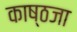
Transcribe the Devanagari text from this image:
काष्ठजा